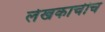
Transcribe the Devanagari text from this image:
लेखकाचीच